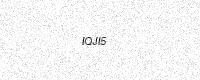
Text: IQJI5